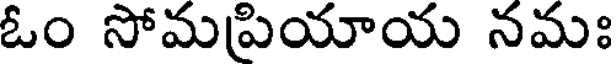
ఓం సోమప్రియాయ నమః